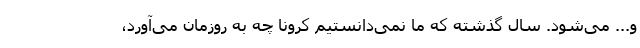
و... می‌شود. سال گذشته که ما نمی‌دانستیم کرونا چه به روزمان می‌آورد،